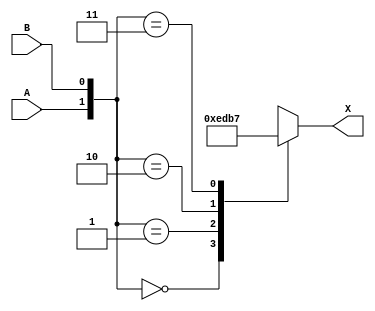
// Fujitsu AV cell
// 2:4 Decoder
// furrtek 2022

`timescale 1ns/100ps

module DE2(
	input A, B,
	output reg [3:0] X
);

always @(*) begin
	case({A, B})	// tmax = 1.3ns
		2'd0: X <= 4'b1110;
		2'd1: X <= 4'b1101;
		2'd2: X <= 4'b1011;
		2'd3: X <= 4'b0111;
	endcase
end

endmodule